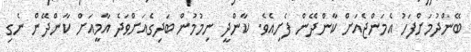
ބޭންދުމަށްފަހު އެމަންޖެއަށް ކާންދޭން ފެށިއެވެ. ކާންދީ ނިމުމުން ބަދިގެއަށްވަދެ އާމީއަށް ކާންދޭން ނެގި